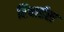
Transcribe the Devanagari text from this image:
रिचार्डस